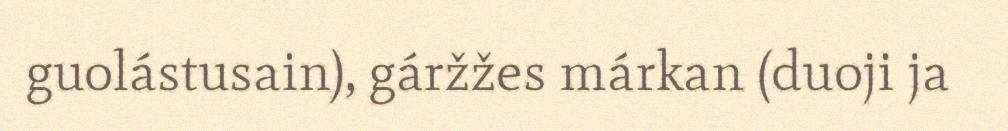
guolástusain), gáržžes márkan (duoji ja